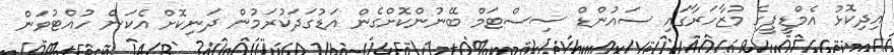
އިދިކޮޅު އެމްޑީޕީގެ މުޒާހަރާގައި ސައުންޑް ސިސްޓަމް ބޭނުންކޮށްގެން އަޑުގަދަކުރަމުން ދަނިކޮށް އެކަން ހުއްޓުވަން